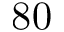
8 0